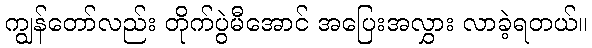
ကျွန်တော်လည်း တိုက်ပွဲမီအောင် အပြေးအလွှား လာခဲ့ရတယ်။